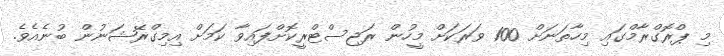
މި ޕްރޮގްރާމްގައި މިހާތަނަށް 100 ވަރަކަށް މީހުން ރަޖިސްޓްރީކޮށްފައިވާ ކަމަށް އިމިގްރޭޝަނުން ބުނެއެވެ.